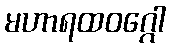
မဟာရထဝဂ္ဂေါ